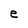
Character: e